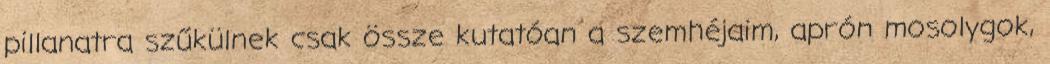
pillanatra szűkülnek csak össze kutatóan a szemhéjaim, aprón mosolygok,